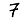
Digit: 7